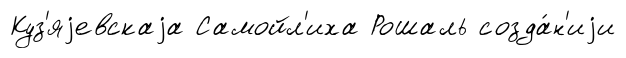
Куз'яjевскаjа Самойл'иха Рошаль созда́н'иjи